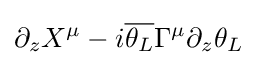
\partial _{z}X^{\mu }-i{\overline {\theta _{L}}}\Gamma ^{\mu }\partial _{z}\theta _{L}